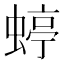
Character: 蝏